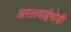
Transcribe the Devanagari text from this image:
अरलवाईमोड़ी